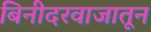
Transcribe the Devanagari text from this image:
बिनीदरवाजातून